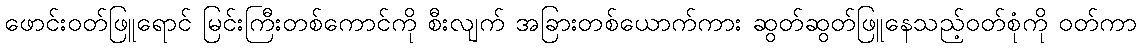
ဖောင်းဝတ်ဖြူရောင် မြင်းကြီးတစ်ကောင်ကို စီးလျက် အခြားတစ်ယောက်ကား ဆွတ်ဆွတ်ဖြူနေသည့်ဝတ်စုံကို ဝတ်ကာ